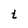
Character: t